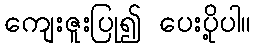
ကျေးဇူးပြု၍ ပေးပို့ပါ။